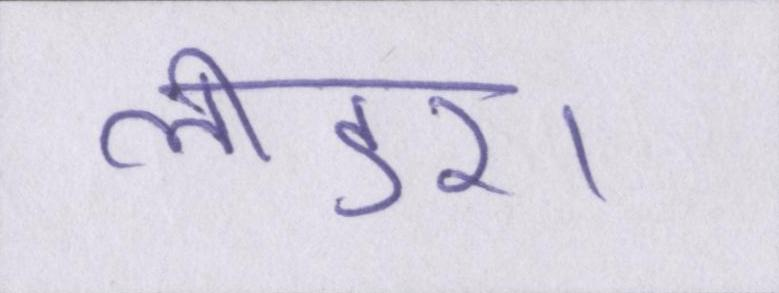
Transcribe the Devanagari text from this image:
लीडर।